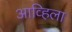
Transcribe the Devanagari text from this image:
आव्हिला